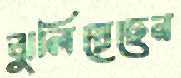
ঝুলিয়েছেন